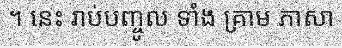
។ នេះ រាប់បញ្ចូល ទាំង គ្រាម ភាសា